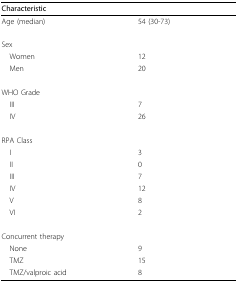
| Characteristic |  |
 | --- | --- |
 | Age (median) | 54 (30-73) |
 | Sex |  |
 | Women | 12 |
 | Men | 20 |
 | WHO Grade |  |
 | III | 7 |
 | IV | 26 |
 | RPA Class |  |
 | I | 3 |
 | II | 0 |
 | III | 7 |
 | IV | 12 |
 | V | 8 |
 | VI | 2 |
 | Concurrent therapy |  |
 | None | 9 |
 | TMZ | 15 |
 | TMZ/valproic acid | 8 |